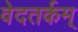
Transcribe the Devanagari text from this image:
वेदतर्कम्